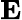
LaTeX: {\mathbf E}